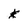
Character: k